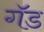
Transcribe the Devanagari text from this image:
गॅड